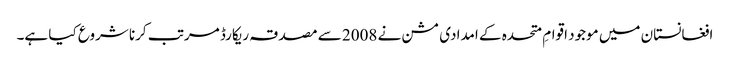
افغانستان میں موجود اقوامِ متحدہ کے امدادی مشن نے 2008 سے مصدقہ ریکارڈ مرتب کرنا شروع کیا ہے۔